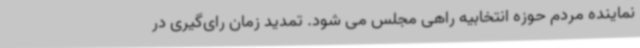
نماینده مردم حوزه انتخابیه راهی مجلس می شود. تمدید زمان رای‌گیری در